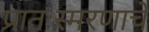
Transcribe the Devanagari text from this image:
प्रातःस्मरणाचे